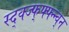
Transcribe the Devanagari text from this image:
स्द्क्ज्फ्फ्फ्न्न्व्न